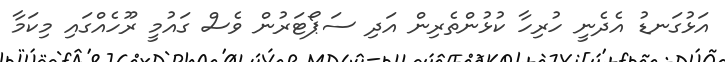
އަޅުގަނޑު އެދެނީ ހުރިހާ ކުޅުންތެރިން އަދި ސަޕޯޓަރުން ވެސް ގައުމީ ރޫހެއްގައި މިކަމާ